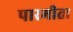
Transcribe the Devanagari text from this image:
पारमीता